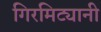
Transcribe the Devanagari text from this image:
गिरमिट्यानी